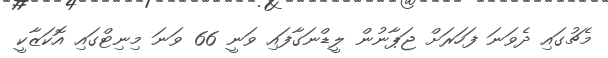
މެޗުގައި ދެވަނަ ފަހަރަށް ޖަޕާނުން ލީޑްނަގާފައި ވަނީ 66 ވަނަ މިނިޓްގައި އޮކަޒާކީ